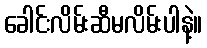
ခေါင်းလိမ်းဆီမလိမ်းပါနဲ့။